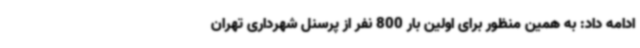
ادامه داد: به همین منظور برای اولین بار 800 نفر از پرسنل شهرداری تهران